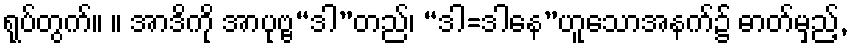
ရုပ်တွက်။ ။ အာဒိကို အာပုဗ္ဗ“ဒါ”တည်၊ “ဒါ=ဒါနေ”ဟူသောအနက်၌ ဓာတ်မှည့်,